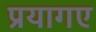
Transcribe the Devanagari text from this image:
प्रयागए